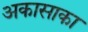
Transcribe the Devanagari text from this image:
अकासाका